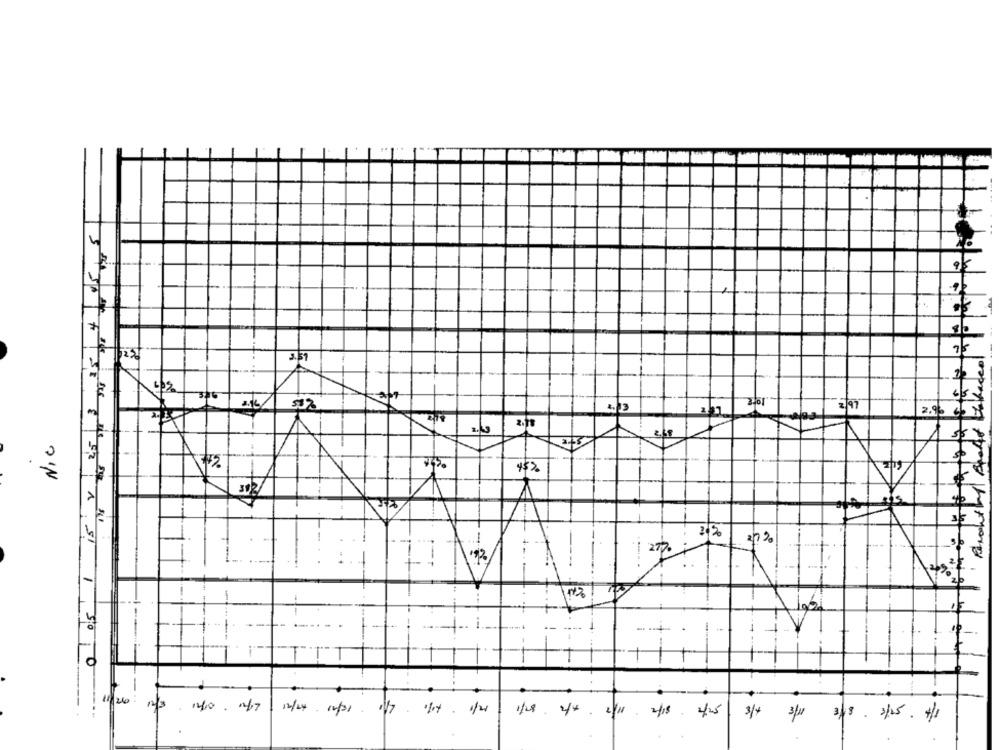
1
1.
3.31
NIC
4$2.
2/19
22
27%
1.
-
27%
-
0,5
++
---
-
--
11 26
12/3- 12/10 . 1/7
12/24-12/31 1/7 1/14. 1/20
1/28 2/4 2/11 2/18 4/25
3/4 3/1 3/13.3/25. 41